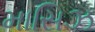
માસિઝ